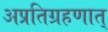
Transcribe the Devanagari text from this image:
अप्रतिग्रहणात्